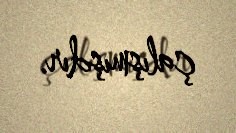
çalışmışdır.